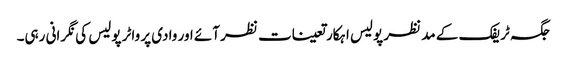
جگہ ٹریفک کے مد نظر پولیس اہکار تعینات نظر آئے اور وادی پر واٹر پولیس کی نگرانی رہی۔